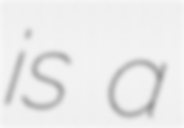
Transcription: is a